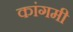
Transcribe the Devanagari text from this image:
कांगमी